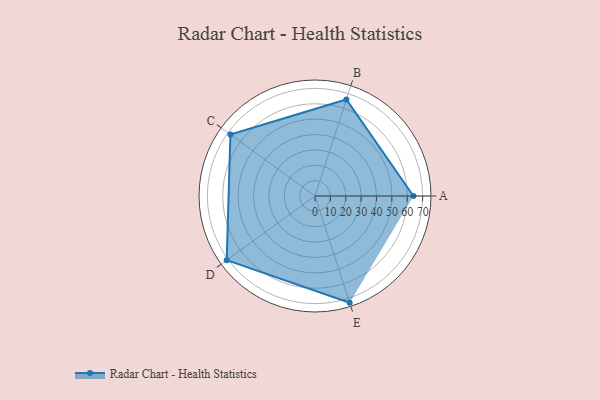
{"axis": {"x": "Skill", "y": "Score"}, "legend": ["Profile"], "data": [{"x": "A", "y": 64.0, "type": "Profile"}, {"x": "B", "y": 66.0, "type": "Profile"}, {"x": "C", "y": 68.0, "type": "Profile"}, {"x": "D", "y": 71.0, "type": "Profile"}, {"x": "E", "y": 73.0, "type": "Profile"}]}